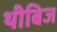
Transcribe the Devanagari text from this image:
थीबिज